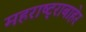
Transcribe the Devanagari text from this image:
महराष्ट्राबाहेर